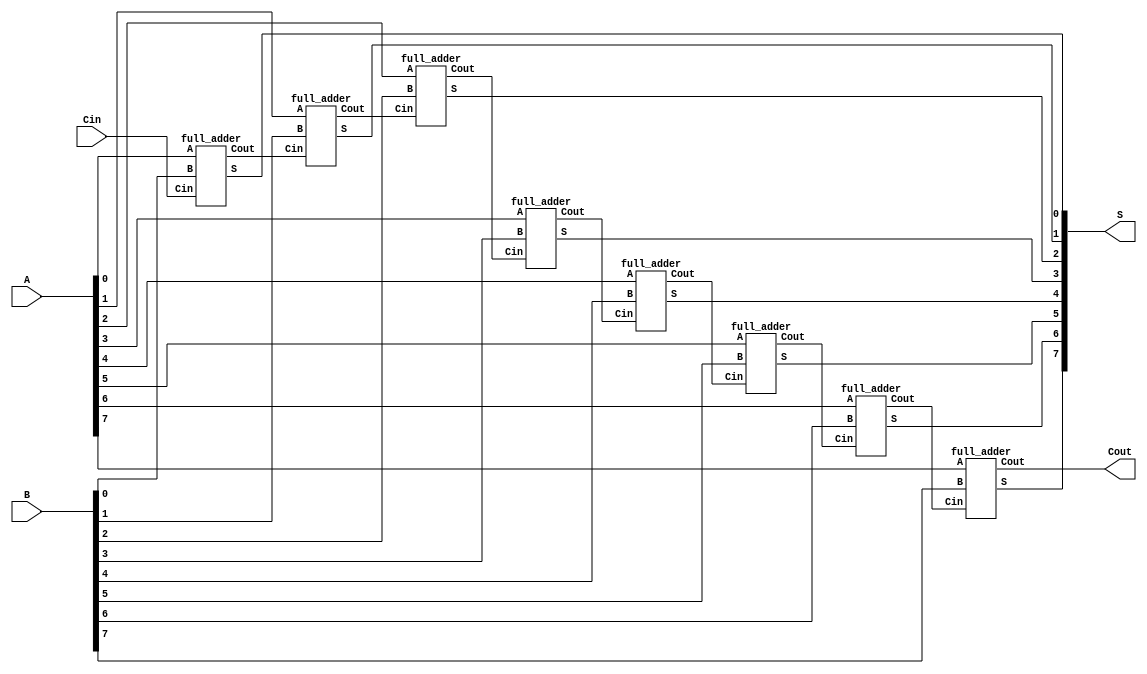
module top(A,B,Cin,S,Cout);

input [7:0] A, B;
input Cin;
output [7:0] S; 
output Cout;

wire w0, w1, w2, w3, w4, w5, w6;

full_adder U0(.A(A[0]), .B(B[0]), .Cin(Cin), .S(S[0]), .Cout(w0));
full_adder U1(.A(A[1]), .B(B[1]), .Cin(w0), .S(S[1]), .Cout(w1));
full_adder U2(.A(A[2]), .B(B[2]), .Cin(w1), .S(S[2]), .Cout(w2));
full_adder U3(.A(A[3]), .B(B[3]), .Cin(w2), .S(S[3]), .Cout(w3));
full_adder U4(.A(A[4]), .B(B[4]), .Cin(w3), .S(S[4]), .Cout(w4));
full_adder U5(.A(A[5]), .B(B[5]), .Cin(w4), .S(S[5]), .Cout(w5));
full_adder U6(.A(A[6]), .B(B[6]), .Cin(w5), .S(S[6]), .Cout(w6));
full_adder U7(.A(A[7]), .B(B[7]), .Cin(w6), .S(S[7]), .Cout(Cout));

endmodule

module full_adder(A,B,Cin,S,Cout);

input A;
input B;
input Cin;

output S;
output Cout;

assign S = A ^ B ^ Cin;
assign Cout = A&B | Cin & (A ^ B);

endmodule